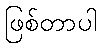
ဖြစ်တာပါ